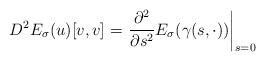
LaTeX: \begin{align*}D^2E_\sigma(u)[v,v]=\left.\frac{\partial^2}{\partial s^2}E_{\sigma}(\gamma(s,\cdot))\right|_{s=0}\end{align*}